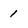
Character: 1